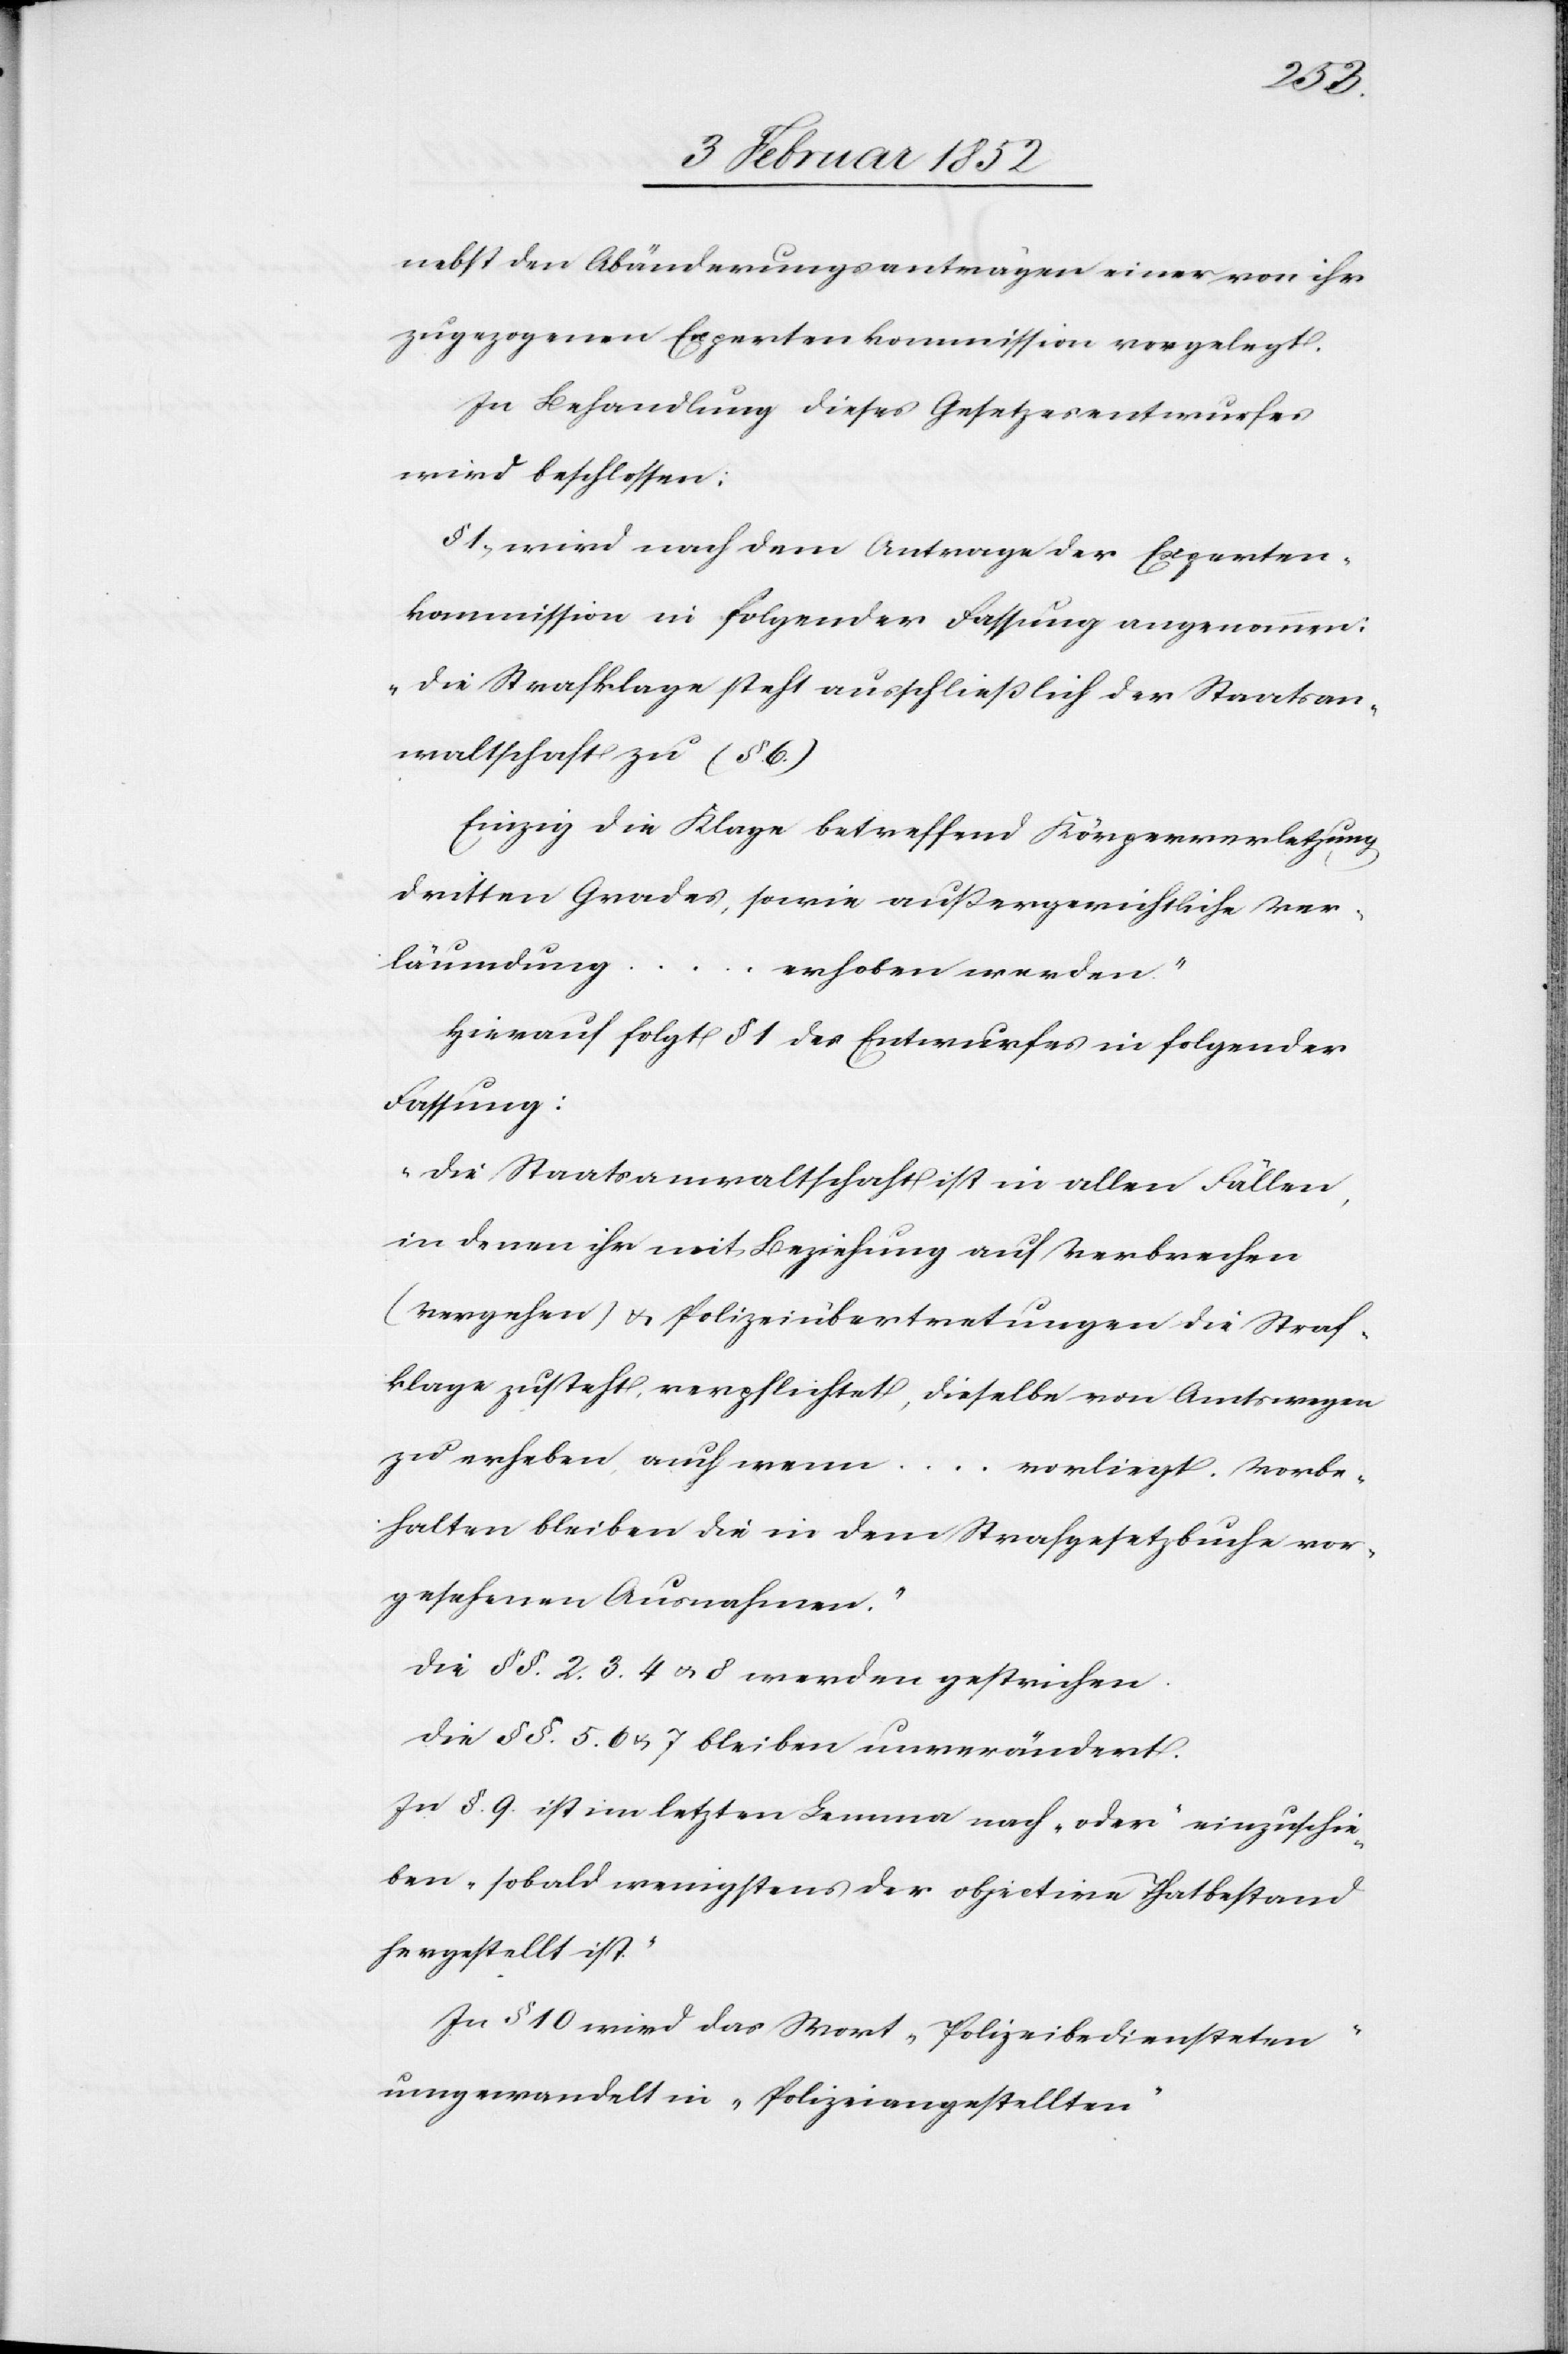
nebst den Abänderungsanträgen einer von ihr
zugezogenen Expertenkommission vorgelegt.
In Behandlung dieses Gesetzesentwurfes
wird beschlossen:
§ 1. wird nach dem Antrage der Experten¬
kommission in folgender Fassung angenommen:
„die Strafklage steht ausschließlich der Staatsan¬
waltschaft zu (§. 6.)[“]
Einzig die Klage betreffend Körperverletzung
dritten Grades, sowie außergerichtliche Ver¬
leumdung ... erhoben werden“
Hierauf folgt § 1 des Entwurfes in folgender
Fassung:
„Die Staatsanwaltschaft ist in allen Fällen,
in denen ihr mit Beziehung auf Verbrechen
(Vergehen) u. Polizeiübertretungen die Straf¬
klage zusteht, verpflichtet, dieselbe von Amtswegen
zu erheben, auch wenn ... vorliegt. Vorbe¬
halten bleiben die in dem Strafgesetzbuche vor¬
gesehenen Ausnahmen.“
Die §§. 2. 3. 4. u. 8 werden gestrichen.
Die §§. 5. 6. u. 7 bleiben unverändert.
In §. 9. ist im letzten Lemma noch „oder“ einzuschie¬
ben „sobald wenigstens der objective Thatbestand
In § 10 wird das Wort „Polizeibediensteten“
umgewandelt in „Polizeiangestellten“.